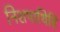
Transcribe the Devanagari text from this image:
निशपाथिहि